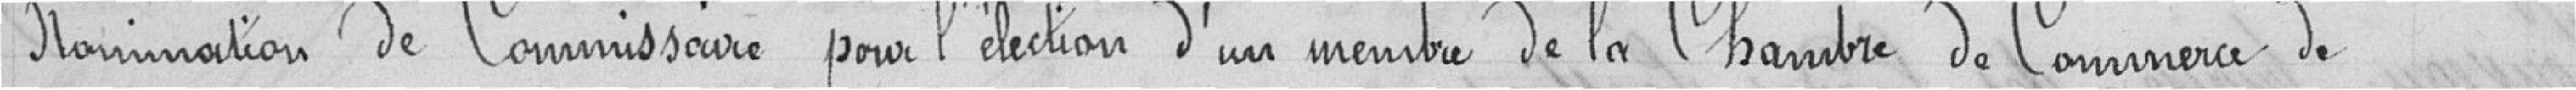
Nomination de Commission pour l'élection d'un membre de la Chambre de Commerce de